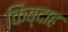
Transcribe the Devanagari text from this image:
किब्दाह